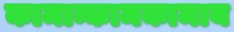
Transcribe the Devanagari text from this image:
कामान्कामकामाय